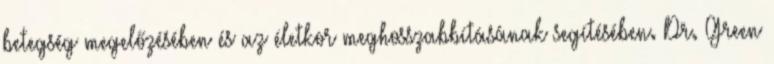
betegség megelőzésében és az életkor meghosszabbításának segítésében. Dr. Green